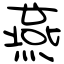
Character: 燕